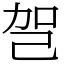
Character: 㠰